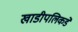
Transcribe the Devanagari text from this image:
खाडीपलिकडे